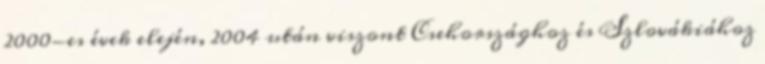
2000-es évek elején, 2004 után viszont Csehországhoz és Szlovákiához